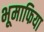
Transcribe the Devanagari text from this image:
भूमाफिया